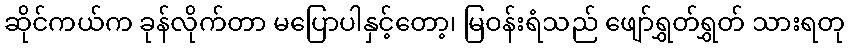
ဆိုင်ကယ်က ခုန်လိုက်တာ မပြောပါနှင့်တော့၊ မြဝန်းရံသည် ဖျော်ရွှတ်ရွှတ် သားရတု